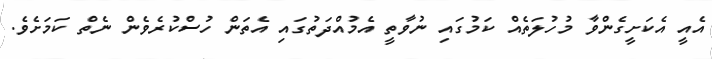
އެއީ އެކަށީގެންވާ މުހުލަތެއް ކަމުގައި ނުވާތީ އެމުއްދަތުގައި އެތަން ހުސްކުރެވެން ނެތް ކަމަށެވެ.